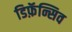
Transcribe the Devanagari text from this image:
डिफ़ॅन्सिव